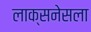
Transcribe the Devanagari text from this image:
लाक्सनेसला